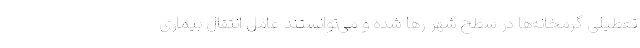
تعطیلی گرمخانه‌ها در سطح شهر رها شده و می‌توانستند عامل انتقال بیماری